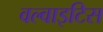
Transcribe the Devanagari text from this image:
वल्वाइटिस